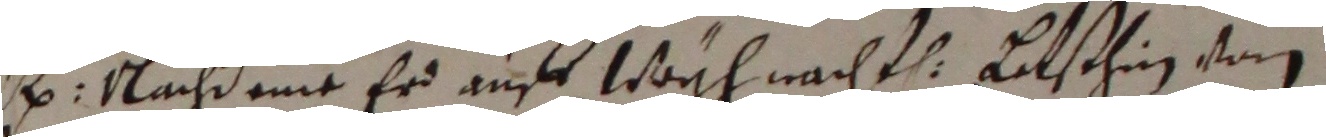
B. shuß eme er auff wogh nachtl Letschin von